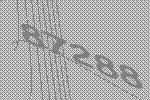
87288